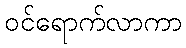
ဝင်ရောက်လာကာ